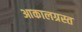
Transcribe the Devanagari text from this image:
आकालग्रस्त